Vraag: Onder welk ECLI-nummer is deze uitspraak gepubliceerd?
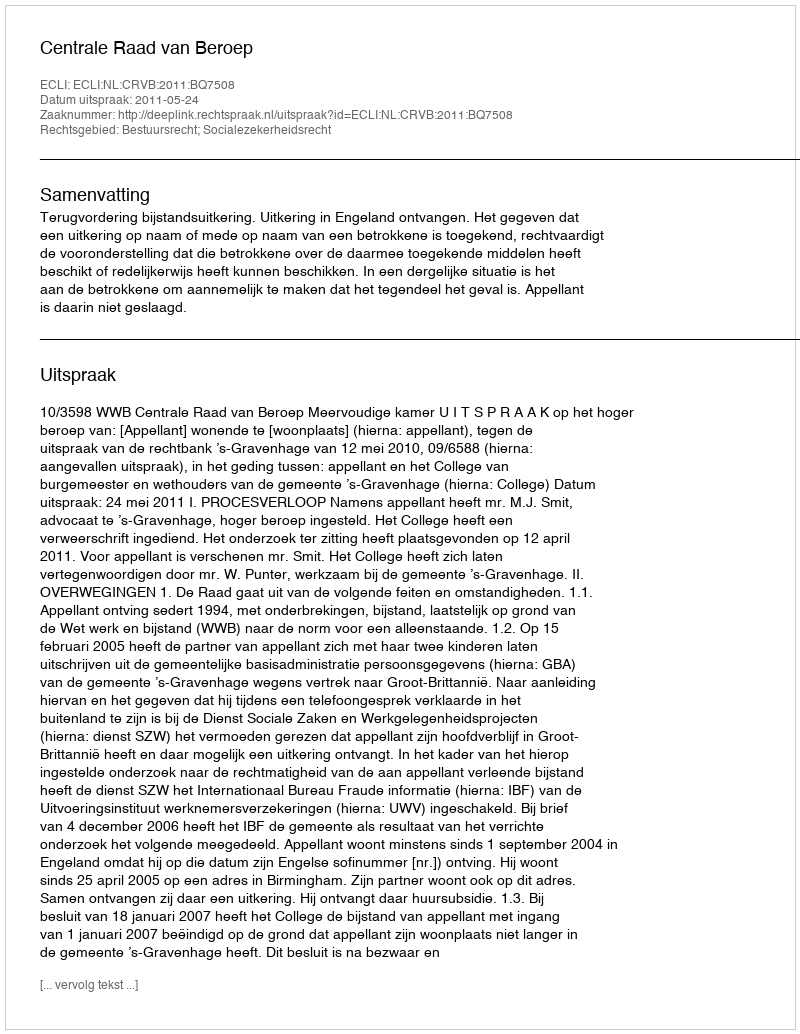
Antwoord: ECLI:NL:CRVB:2011:BQ7508